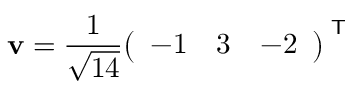
\mathbf { v } = { \frac { 1 } { \sqrt { 1 4 } } } { \left( \begin{array} { l l l } { - 1 } & { 3 } & { - 2 } \end{array} \right) } ^ { \textsf { T } }